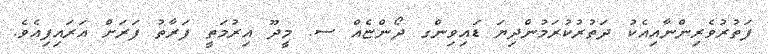
ފަތުރުވެރިންނާއިއެކު ދަތުރުކުރަމުންދިޔަ ޑައިވިންގ ދޯންޏެއް ސ. މީދޫ އިރުމަތީ ފަރާތު ފަރަށް އަރައިފިއެވެ.